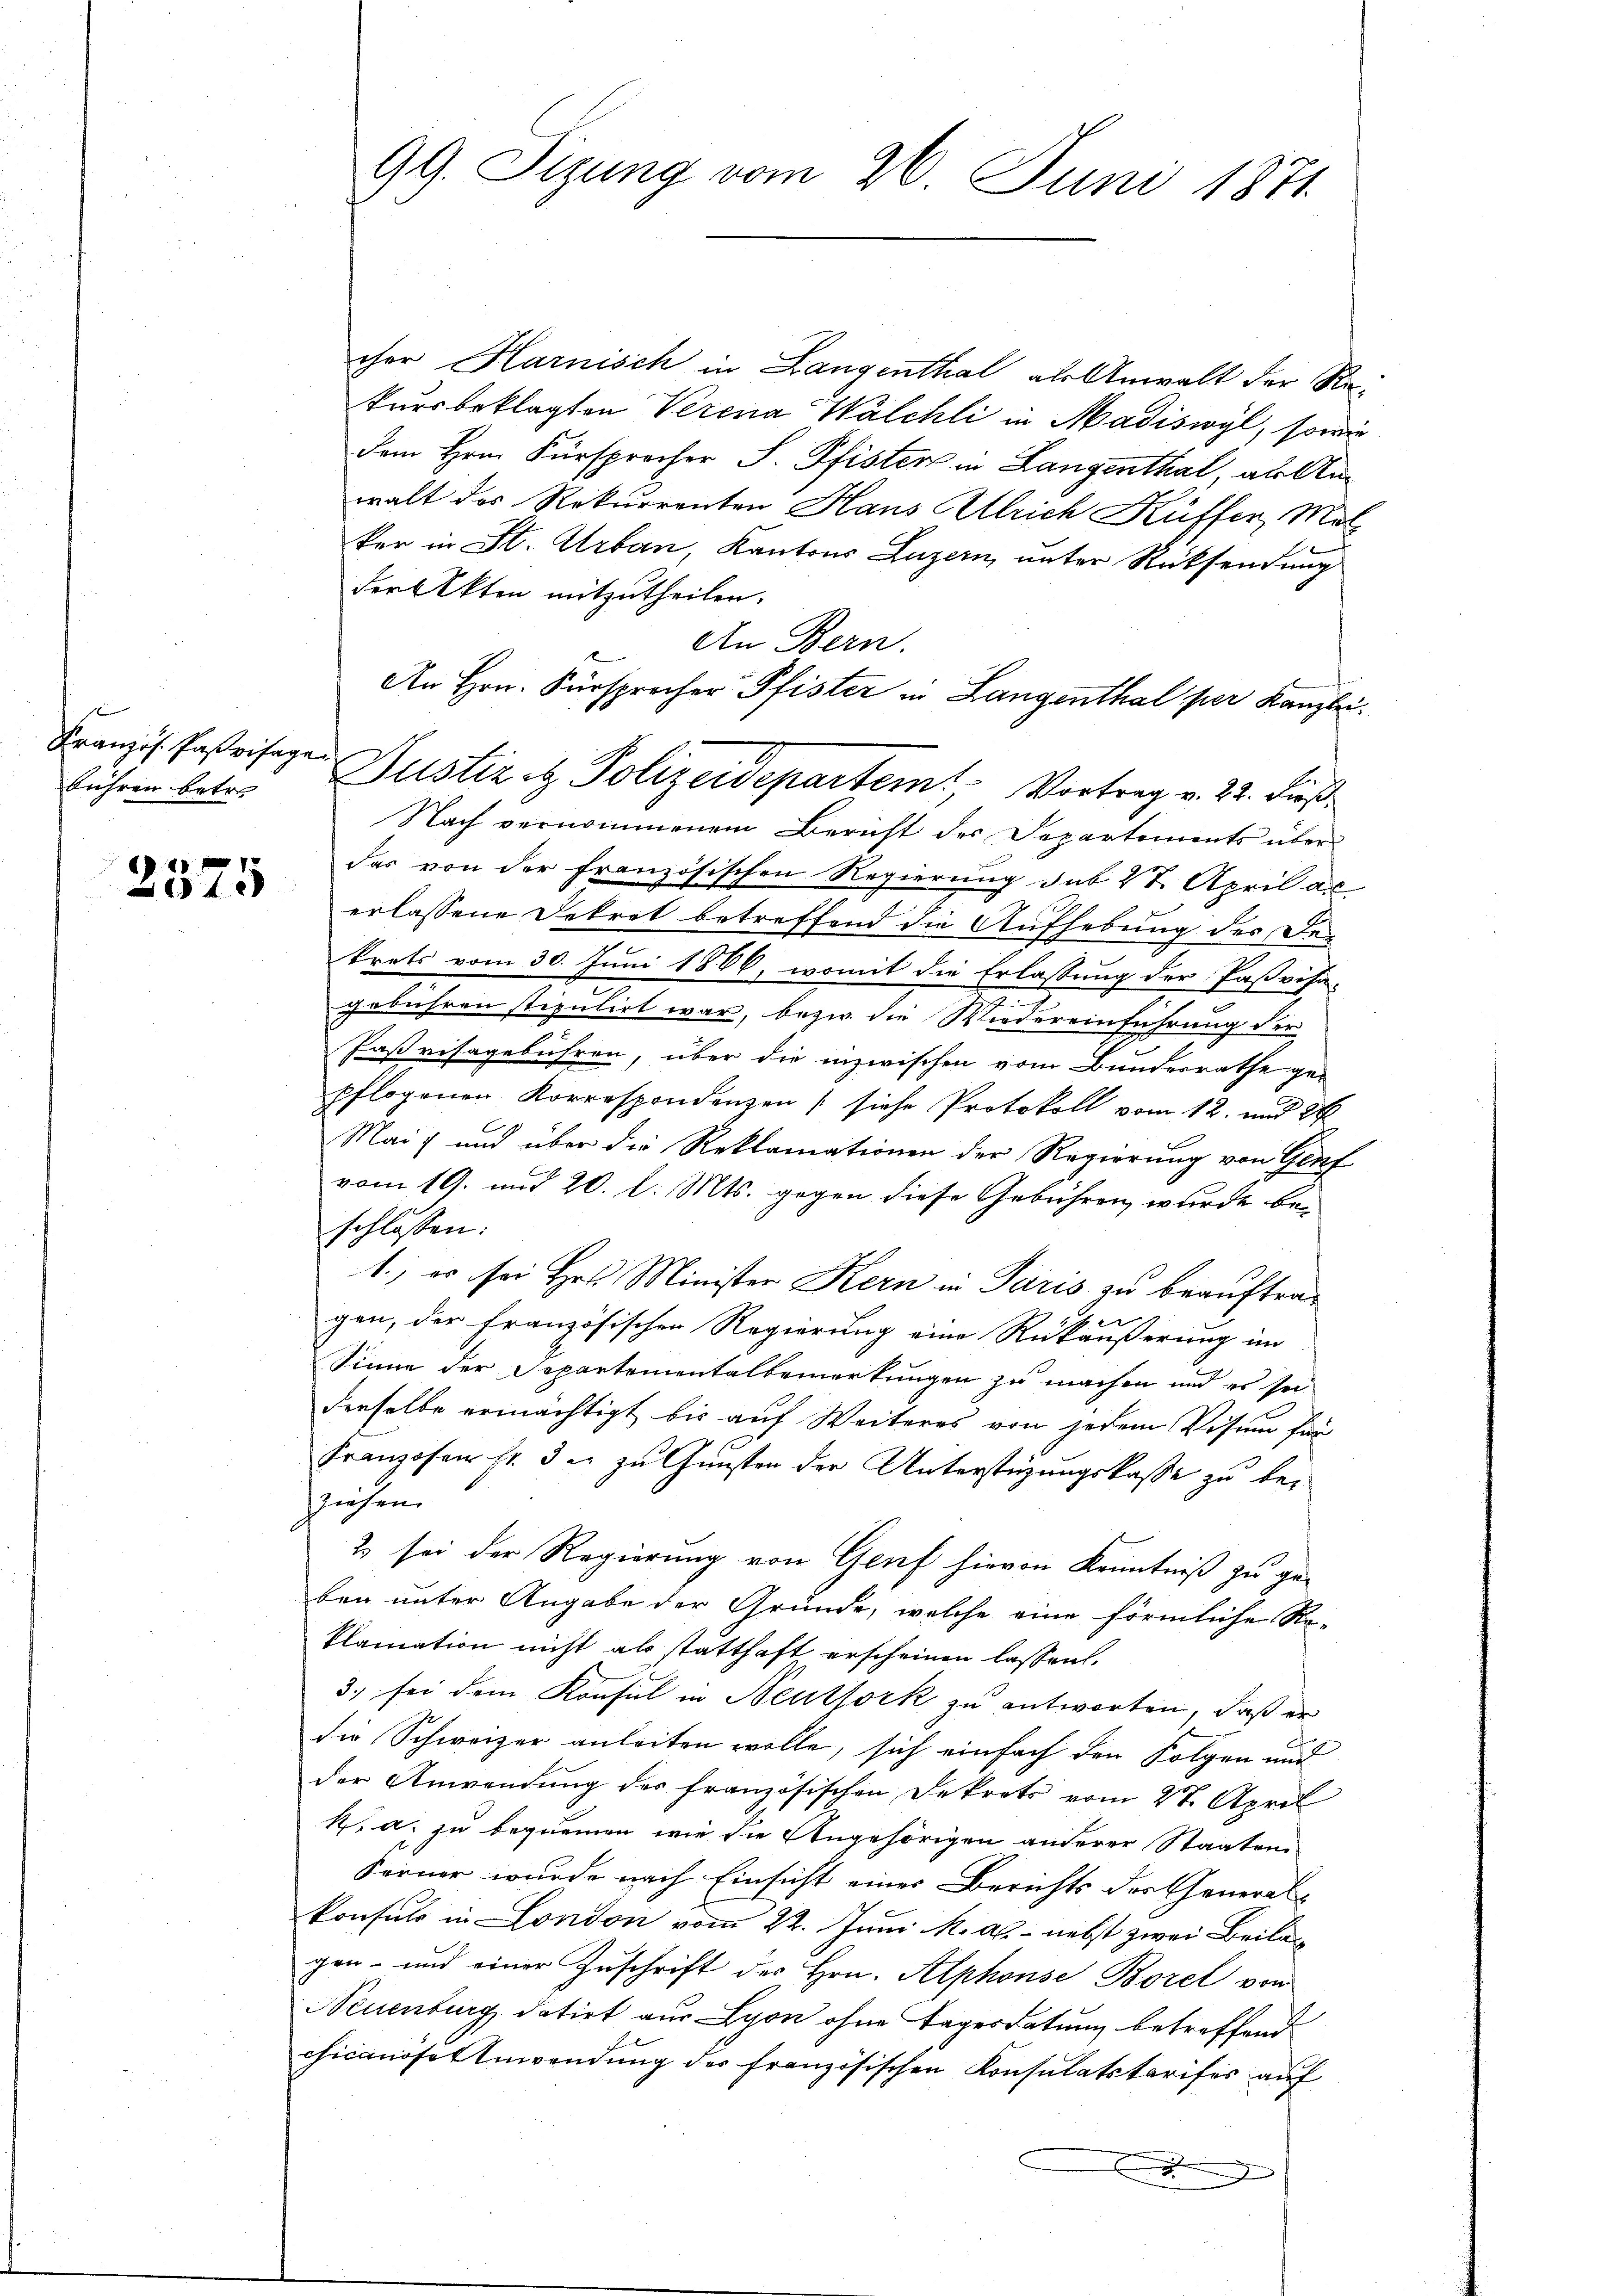
Französ. Pastvisagen
bühren betr.

2375

cher Harnisch in Langenthal als Anwalt der Rekursbeklagten Verena Walchli in Madiswyl, sowie
Dem Hrn. Fürsprocher S. Pfister in Langenthal als Anwalt des Rekurrenten Haus Allrich Küffer, Mat
ker in St. Urban, Kantons Luzern, unter Rücksendung
der Akten mitzutheilen.
An Bern.
An Hrn. Fürsprocher Pfister in Langenthal per Kanzlei.
Nach vernommenem Bericht der Departements überdas von der französischen Regierung sub 27. April al
erlassene Dekret betreffend die Aufhebung des Der
krets vom 30. Juni 1866, womit die Erlassung der Paßvisa-
2
gebühren stipulirt war, bezw. die Wiedereinführung der
Paßvisagebühren, über die inzwischen vom Bundesrathe ge-
pflogenen Korrespondenzen (siehe Protokoll vom 12. und 2
Mai) und über die Reklamationen der Regierung von Genf
vom 19. und 20. l. Mts. gegen diese Gebühren, wurde beschlossen:
1.) es sei Hrn. Minister Kern in Paris zu beauftragen, der französischen Regierung eine Rückäußerung im
Sinne der Separtementalbemerkungen zu machen und es sei
derselbe ermächtigt bis auf Weiteres von jedem Visum für
Franzosen fr. 3 u. zu Gunsten der Unterstüzungskasse zu beziehen.
2 sei der Regierung von Genf hievon Kenntniß zu ge-
ben unter Angabe der Gründe, welche eine förmliche Re-
klamation nicht als statthaft erscheinen lassen.
3. sei dem Konsul in Neuthork zu antworten, daß er
die Schweizer anleiten wolle, sich einfach den Folgen und
der Anwendung des französischen Dekrets vom 27. April
R. a. zu bequemen wie die Angehörigen anderer Staaten
Ferner wurde nach Einsicht eines Berichts der Cheneral-
konsuls in London vom 22. Juni l. a. nebst zwei Beilag
gen- und einer Zŭschrift des Hrn. Alphonse Borel von
Neuenburg, datirt aus Lyon ohne Tagesdatung betreffend
chicanöser Anwendung des französischen Konsulatskarises auf

99. Sizung vom 26. Juni 1871

Justiz & Polizeidepartem Vortrag v. 22. dieß